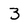
Character: 3